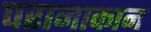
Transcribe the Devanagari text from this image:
परानाकान